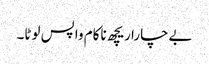
بےچارا ریچھ ناکام واپس لوٹا۔